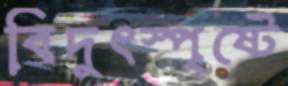
বিদুৎস্পৃষ্টে